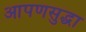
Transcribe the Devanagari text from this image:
आपणसुद्धा